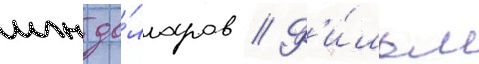
млн до́лларов // Ф'и́льм